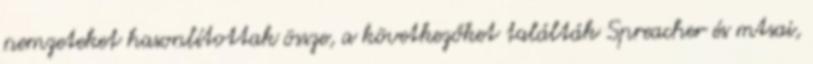
nemzeteket hasonlítottak össze, a következőket találták Spreacher és mtsai,